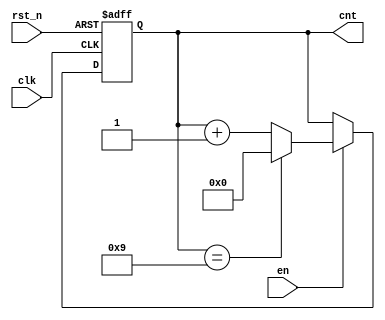
module count10_sar (        /*10*/  
    clk, rst_n, cnt, en
);
    input clk, rst_n, en;
    output [3:0] cnt;
    reg [3:0] cnt;
    always @(posedge clk, negedge rst_n) begin
        if (!rst_n) cnt <= 4'b0;
        else if (en)begin
            if (cnt == 4'b1001)cnt <= 4'b0;
            else cnt <= cnt + 1'b1;
        end
    end
    
endmodule

module count6_sar(          /*6*/
    clk, rst_n, cnt, en
);
    input clk;
    input rst_n;
    input en;
    output [3:0] cnt;
    reg [3:0] cnt;
    always@(posedge clk, negedge rst_n) begin
        if (!rst_n) cnt <=4'b0;
        else if(en) begin
            if (cnt == 4'b0101) cnt <= 4'b0;
            else cnt <= cnt +1'b1;
        end
    end
endmodule


module count60_sar(         /*60*/ 
    clk, rst_n, cnt, en
);
    input clk, rst_n, en;
    output [7:0] cnt;
    wire [7:0] cnt;
    wire w1;
    assign w1 = en & cnt[0] & cnt [3];
    count10_sar U1(clk, rst_n, cnt[3:0], en);
    count6_sar U2(clk, rst_n, cnt[7:4], w1 );
    endmodule